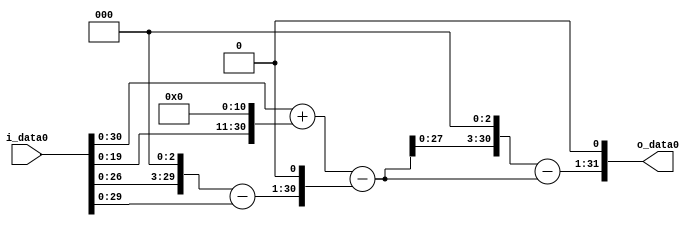
module multiplier_block (
    i_data0,
    o_data0
);

  // Port mode declarations:
  input   [31:0] i_data0;
  output  [31:0]
    o_data0;

  //Multipliers:

  wire [31:0]
    w1,
    w2048,
    w2049,
    w8,
    w7,
    w14,
    w2035,
    w16280,
    w14245,
    w28490;

  assign w1 = i_data0;
  assign w14 = w7 << 1;
  assign w14245 = w16280 - w2035;
  assign w16280 = w2035 << 3;
  assign w2035 = w2049 - w14;
  assign w2048 = w1 << 11;
  assign w2049 = w1 + w2048;
  assign w28490 = w14245 << 1;
  assign w7 = w8 - w1;
  assign w8 = w1 << 3;

  assign o_data0 = w28490;

  //multiplier_block area estimate = 7071.92625206177;
endmodule